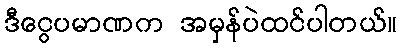
ဒီငွေပမာဏက အမှန်ပဲထင်ပါတယ်။